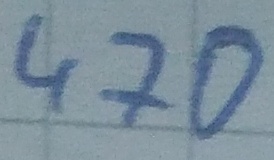
Text: 470